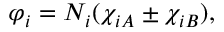
\varphi _ { i } = N _ { i } ( \chi _ { i A } \pm \chi _ { i B } ) ,